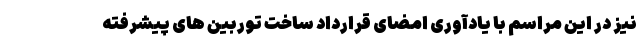
نیز در این مراسم با یادآوری امضای قرارداد ساخت توربین های پیشرفته